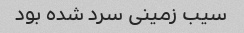
سیب زمینی سرد شده بود